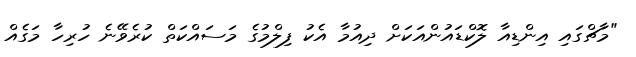
"މާޗްގައި އިންޑިއާ ލޮކްޑައުންއަކަށް ދިއުމާ އެކު ފިލްމުގެ މަސައްކަތް ކުރެވޭނެ ހުރިހާ މަގެއް